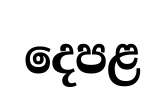
දෙපළ